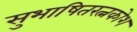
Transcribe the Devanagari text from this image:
सुभाषितरत्नकोश